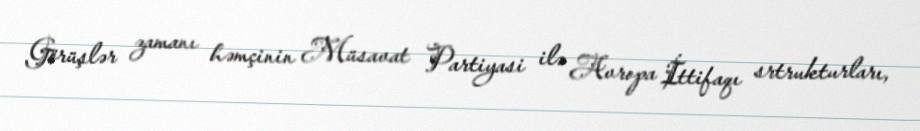
Görüşlər zamanı həmçinin Müsavat Partiyasi ilə Avropa İttifaqı srtrukturları,